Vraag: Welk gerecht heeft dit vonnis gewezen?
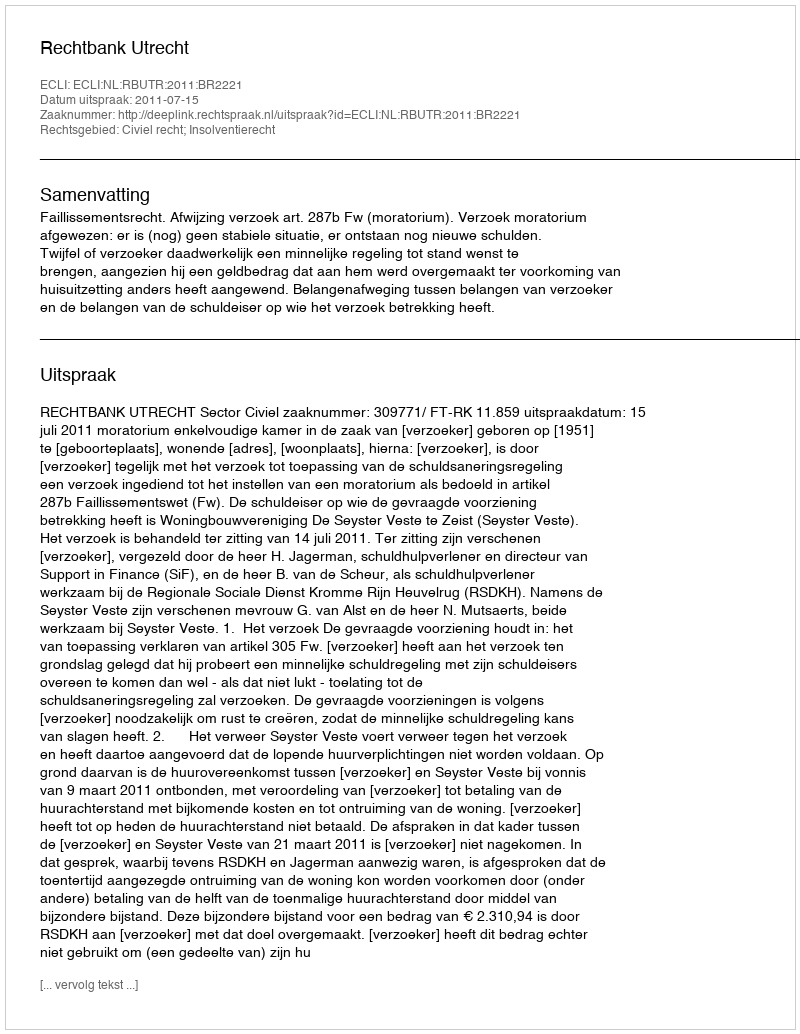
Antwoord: Rechtbank Utrecht